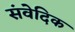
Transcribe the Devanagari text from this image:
संवेदिक